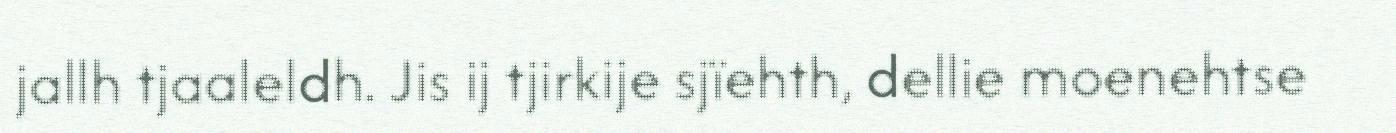
jallh tjaaleldh. Jis ij tjirkije sjïehth, dellie moenehtse